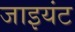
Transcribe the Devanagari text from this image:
जाइयंट